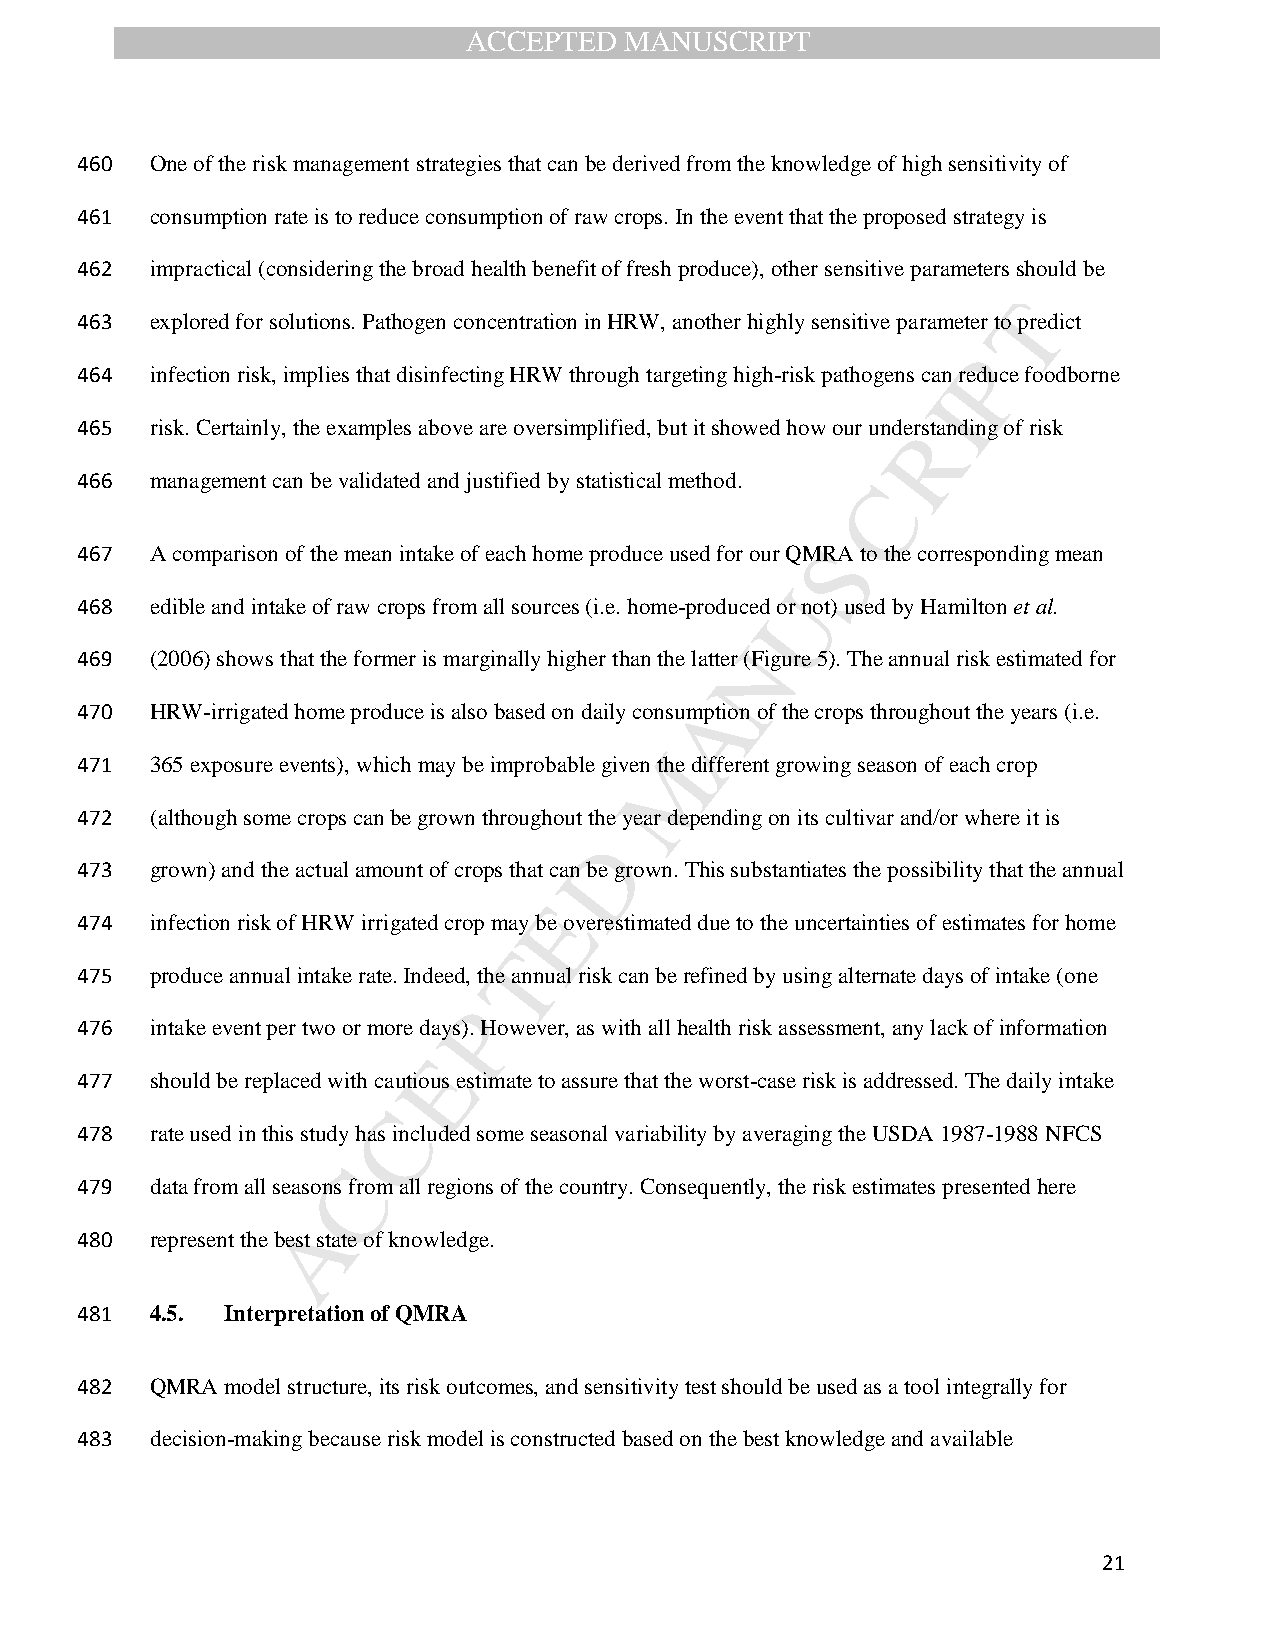
ACCEPTED  MANUSCRIPT
 460  One of the risk management strategies that can be derived from the knowledge of high sensitivity of
 461  consumption rate is to reduce consumption of raw crops. In the event that the proposed strategy is
 462  impractical (considering the broad health benefit of fresh produce), other sensitive parameters should be
 T
 463  explored for solutions. Pathogen concentration in HRW, another highly sensitive parameter to predict
 P
 464  infection risk, implies that disinfecting HRW through targeting high-risk pathogens can reduce foodborne
 I
 465  risk. Certainly, the examples above are oversimplified, but it showed how our undeRrstanding of risk
 466  management can be validated and justified by statistical method. C
 467  A comparison of the mean intake of each home produce used for our QMS RA to the corresponding mean
 U
 468  edible and intake of raw crops from all sources (i.e. home-produced or not) used by Hamilton et al.
 N
 469  (2006) shows that the former is marginally higher than the latter (Figure 5). The annual risk estimated for
 A
 470  HRW-irrigated home produce is also based on daily consumption of the crops throughout the years (i.e.
 M
 471  365 exposure events), which may be improbable given the different growing season of each crop
 472  (although some crops can be grown throughout th e year depending on its cultivar and/or where it is
 D
 473  grown) and the actual amount of crops that can be grown. This substantiates the possibility that the annual
 E
 474  infection risk of HRW irrigated crop may be overestimated due to the uncertainties of estimates for home
 T
 475  produce annual intake rate. Indeed, the annual risk can be refined by using alternate days of intake (one
 P
 476  intake event per two or more days). However, as with all health risk assessment, any lack of information
 E
 477  should be replaced with cautious estimate to assure that the worst-case risk is addressed. The daily intake
 C
 478  rate used in this study has included some seasonal variability by averaging the USDA 1987-1988 NFCS
 C
 479  data from all seasons from all regions of the country. Consequently, the risk estimates presented here
 A
 480  represent the best state of knowledge.
 481  4.5. Interpretation of QMRA
 482  QMRA model structure, its risk outcomes, and sensitivity test should be used as a tool integrally for
 483  decision-making because risk model is constructed based on the best knowledge and available
 21